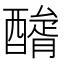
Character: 𨢺